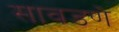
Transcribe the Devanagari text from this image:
सावडणे